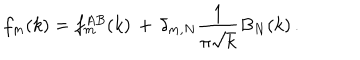
LaTeX: f _ { m } ( k ) = f _ { m } ^ { A B } ( k ) \, + \, \delta _ { m , N } { \frac { 1 } { \pi \sqrt { k } } } B _ { N } ( k ) \, .